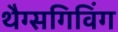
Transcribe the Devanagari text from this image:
थैग्सगिविंग